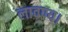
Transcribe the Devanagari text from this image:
लावण्य।